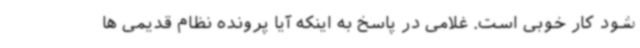
شود کار خوبی است. غلامی در پاسخ به اینکه آیا پرونده نظام قدیمی ها